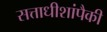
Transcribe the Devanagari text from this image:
सत्ताधीशांपैकी